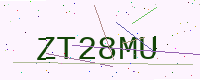
Text: ZT28MU